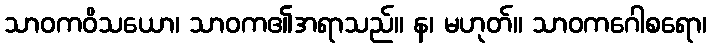
သာဝကဝိသယော၊ သာဝက၏အရာသည်။ န၊ မဟုတ်။ သာဝကဂေါစရော၊